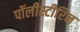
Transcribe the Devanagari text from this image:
पॉलीस्टीरिन